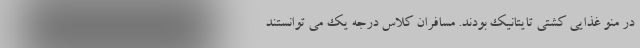
در منو غذایی کشتی تایتانیک بودند. مسافران کلاس درجه یک می توانستند